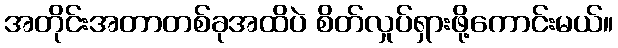
အတိုင်းအတာတစ်ခုအထိပဲ စိတ်လှုပ်ရှားဖို့ကောင်းမယ်။